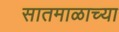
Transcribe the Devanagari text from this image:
सातमाळाच्या